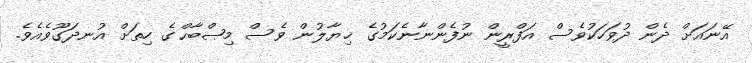
އޭނައަށް ދެން ދުވަހަކުވެސް އަފްރީން ނުފެންނާނެކަމުގެ ޚިޔާލުން ވެސް މިޞްބާޙްގެ ހިތަށް އުނދަގޫވެއެވެ.